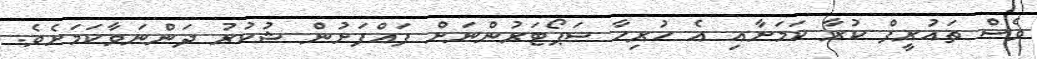
ވެސް ތައުރީފް ކުރާ ކަމަށާއި އެ ހުރިހާ ސަޕޯޓަރުންނަށް ފައްފަށުން ޝުކުރު ދަންނަވާކަމަށެވެ.